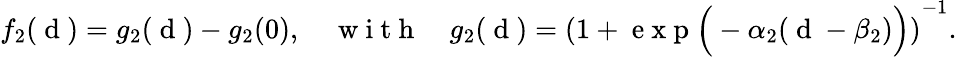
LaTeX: f_{2}(\mathrm{~d~})=g_{2}(\mathrm{~d~})-g_{2}(0),\quad\mathrm{~w~i~t~h~}\quad g_{2}(\mathrm{~d~})=\left(1+\mathrm{~e~x~p~}\Big(-\alpha_{2}(\mathrm{~d~}-\beta_{2})\Big)\right)^{-1}.